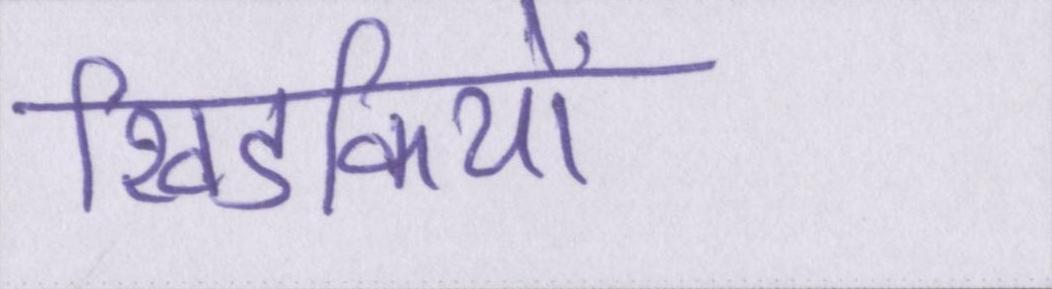
खिडकियों